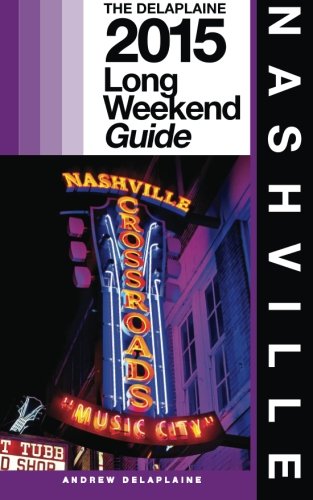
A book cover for NASHVILLE - The Delaplaine 2015 Long Weekend Guide; Andrew Delaplaine; Travel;